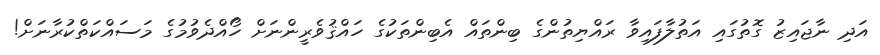
އަދި ނާޖައިޒު ގޮތުގައި އަތުލާފައިވާ ރައްޔިތުންގެ ބިންތައް އެބިންތަކުގެ ހައްޤުވެރީންނަށް ހޯއްދެވުމުގެ މަސައްކަތްކުރާނަށް!